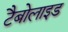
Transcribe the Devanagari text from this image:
टैबोलाइड